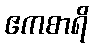
ဧကစာရိ